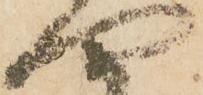
四